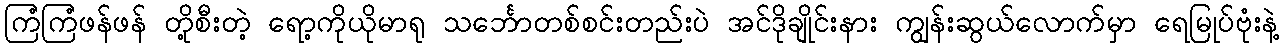
ကြံကြံဖန်ဖန် တို့စီးတဲ့ ရော့ကိုယိုမာရု သင်္ဘောတစ်စင်းတည်းပဲ အင်ဒိုချိုင်းနား ကျွန်းဆွယ်လောက်မှာ ရေမြုပ်ဗုံးနဲ့